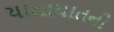
યાતાયાતની